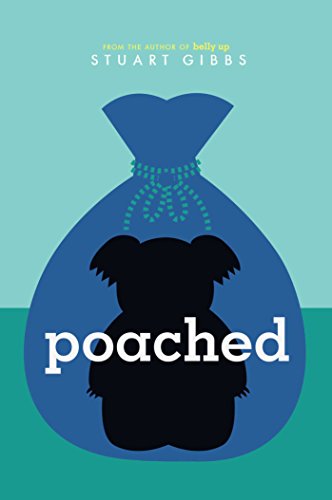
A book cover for Poached (FunJungle); Stuart Gibbs; Children's Books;